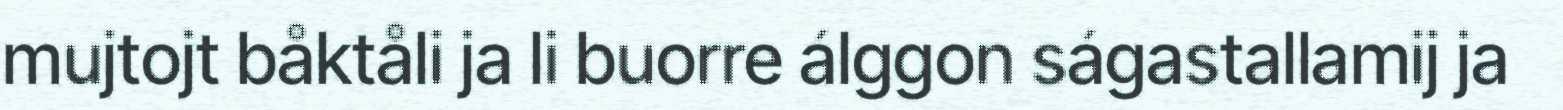
mujtojt båktåli ja li buorre álggon ságastallamij ja